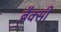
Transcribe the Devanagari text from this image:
ब्रैक्सी